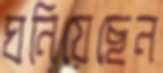
ঘনিয়েছেন